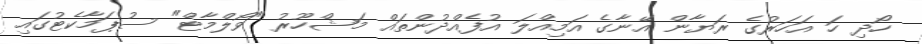
ހޯދި ހަ އަހަރުގެ ރަޔާން އޭނާގެ އަމިއްލަ އުފެއްދުންތައް މަޝްހޫރު "ވޯލްމާޓް" ސުޕަމާކެޓުގައި